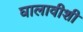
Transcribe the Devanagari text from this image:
घालावीशी